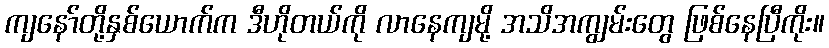
ကျနော်တို့နှစ်ယောက်က ဒီဟိုတယ်ကို လာနေကျမို့ အသိအကျွမ်းတွေ ဖြစ်နေပြီကိုး။